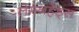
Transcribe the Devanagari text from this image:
लेमनहेड्स